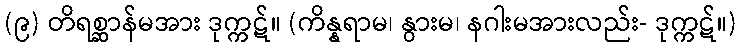
(၉) တိရစ္ဆာန်မအား ဒုက္ကဋ်။ (ကိန္နရာမ၊ နွားမ၊ နဂါးမအားလည်း- ဒုက္ကဋ်။)